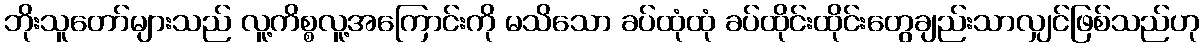
ဘိုးသူတော်များသည် လူ့ကိစ္စလူ့အကြောင်းကို မသိသော ခပ်ထုံထုံ ခပ်ထိုင်းထိုင်းတွေချည်းသာလျှင်ဖြစ်သည်ဟု